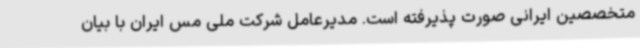
متخصصین ایرانی صورت پذیرفته است. مدیرعامل شرکت ملی مس ایران با بیان